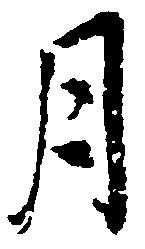
月